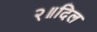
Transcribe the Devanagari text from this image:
२॥दिल